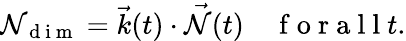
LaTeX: \mathcal{N}_{\mathrm{{~d~i~m~}}}=\vec{{k}}(t)\cdot\vec{{\mathcal{N}}}(t)\enspace\enspace\mathrm{{~f~o~r~a~l~l~}}t.